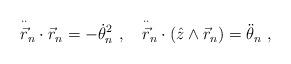
LaTeX: \begin{align*}\overset{\cdot \cdot }{\vec{r}}_{n}\cdot \vec{r}_{n}=-\dot{\theta}_{n}^{2}~,~~~\overset{\cdot \cdot }{\vec{r}}_{n}\cdot \left( \hat{z}\wedge \vec{r}_{n}\right) =\ddot{\theta}_{n}~, \end{align*}